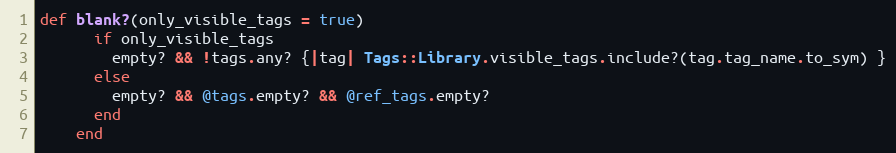
Language: Ruby
def blank?(only_visible_tags = true)
      if only_visible_tags
        empty? && !tags.any? {|tag| Tags::Library.visible_tags.include?(tag.tag_name.to_sym) }
      else
        empty? && @tags.empty? && @ref_tags.empty?
      end
    end